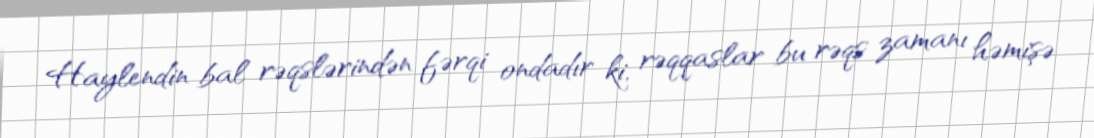
Haylendin bal rəqslərindən fərqi ondadır ki, rəqqaslar bu rəqs zamanı həmişə